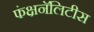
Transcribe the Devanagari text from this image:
फंक्षनॅलिटीस